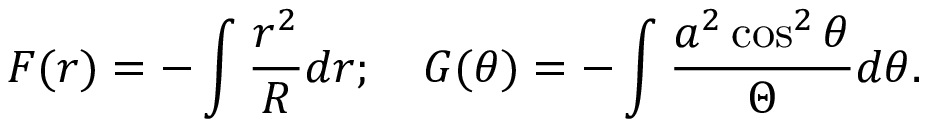
{ \cal F } ( r ) = - \int \frac { r ^ { 2 } } { { \cal R } } d r ; \quad { \cal G } ( \theta ) = - \int \frac { a ^ { 2 } \cos ^ { 2 } \theta } { \Theta } d \theta .